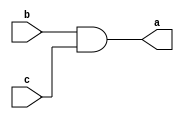
module andg(a, b, c);
output a;
input b,c;
assign a = b & c;
endmodule

module notg(d, e);
output d;
input e;
assign d = ~ e;
endmodule

module org(l, m, n);
output l;
input m,n;
assign l = m | n;
endmodule

module mux2(out,A,S);

input [1:0]A;
input S;
output out;
wire w1,w2,w3;

notg u0(w1,S);
andg u1(w2,w1,A[1]);
andg u2(w3,S,A[0]);
org u3(out,w2,w3);

endmodule